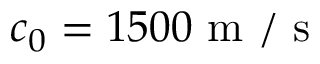
c _ { 0 } = 1 5 0 0 \mathrm { ~ m ~ } / \mathrm { ~ s ~ }